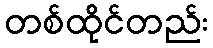
တစ်ထိုင်တည်း